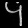
Digit: ၄